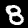
Label: 8